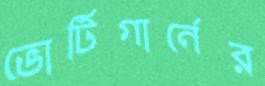
ভোর্টিগার্নের